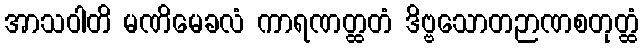
အာသဝါတိ မဏိမေခလံ ကာရဏတ္ထတံ ဒိဗ္ဗသောတဉာဏစတုတ္ထံ